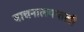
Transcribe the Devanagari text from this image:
वाचनालयातली